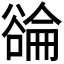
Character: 𬤳